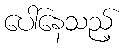
ပေါ်နေသည့်